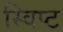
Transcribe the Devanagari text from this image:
स्विप्ट